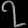
Digit: ၇